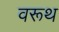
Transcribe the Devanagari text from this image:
वरूथ